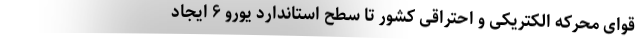
قوای محرکه الکتریکی و احتراقی کشور تا سطح استاندارد یورو ۶ ایجاد